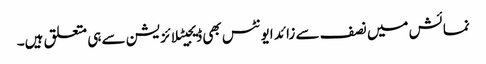
نمائش میں نصف سے زائد ایونٹس بھی ڈیجیٹلائزیشن سے ہی متعلق ہیں۔